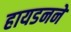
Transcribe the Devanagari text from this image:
हायडनने